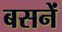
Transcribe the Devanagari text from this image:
बसनें